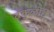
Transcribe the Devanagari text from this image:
बकुळीचे